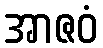
အာဇဝံ